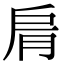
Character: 𦚑